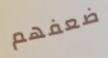
ضعفهم